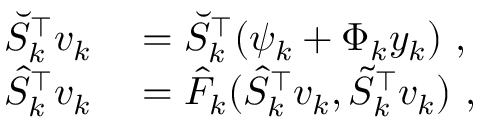
\begin{array} { r l } { \breve { S } _ { k } ^ { \top } v _ { k } } & { { } = \breve { S } _ { k } ^ { \top } ( \psi _ { k } + \Phi _ { k } y _ { k } ) \mathrm { ~ , ~ } } \\ { \hat { S } _ { k } ^ { \top } v _ { k } } & { { } = \hat { F } _ { k } ( \hat { S } _ { k } ^ { \top } v _ { k } , \tilde { S } _ { k } ^ { \top } v _ { k } ) \mathrm { ~ , ~ } } \end{array}